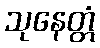
သုနေတ္တံ